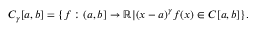
C _ { \gamma } [ a , b ] = \{ f : ( a , b ] \to \mathbb { R } | ( x - a ) ^ { \gamma } f ( x ) \in C [ a , b ] \} .